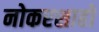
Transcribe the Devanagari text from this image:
नोकरशाहों